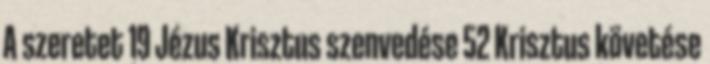
A szeretet 19 Jézus Krisztus szenvedése 52 Krisztus követése